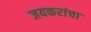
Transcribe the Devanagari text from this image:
जयकरांचा